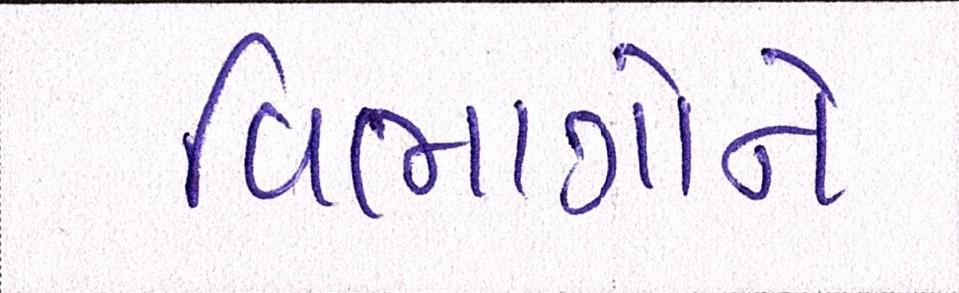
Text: વિભાગોને